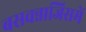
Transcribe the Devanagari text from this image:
बसवन्नाजिसमें